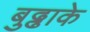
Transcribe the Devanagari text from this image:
बुढ्ढाके